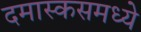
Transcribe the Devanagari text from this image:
दमास्कसमध्ये